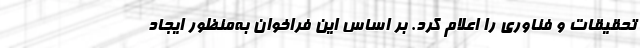
تحقیقات و فناوری را اعلام کرد. بر اساس این فراخوان به‌منظور ایجاد